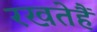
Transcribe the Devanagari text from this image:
रखतेहैं